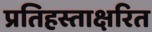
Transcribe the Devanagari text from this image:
प्रतिहस्ताक्षरित